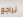
نراجع